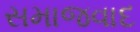
સમાજવાદ